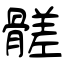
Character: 髊